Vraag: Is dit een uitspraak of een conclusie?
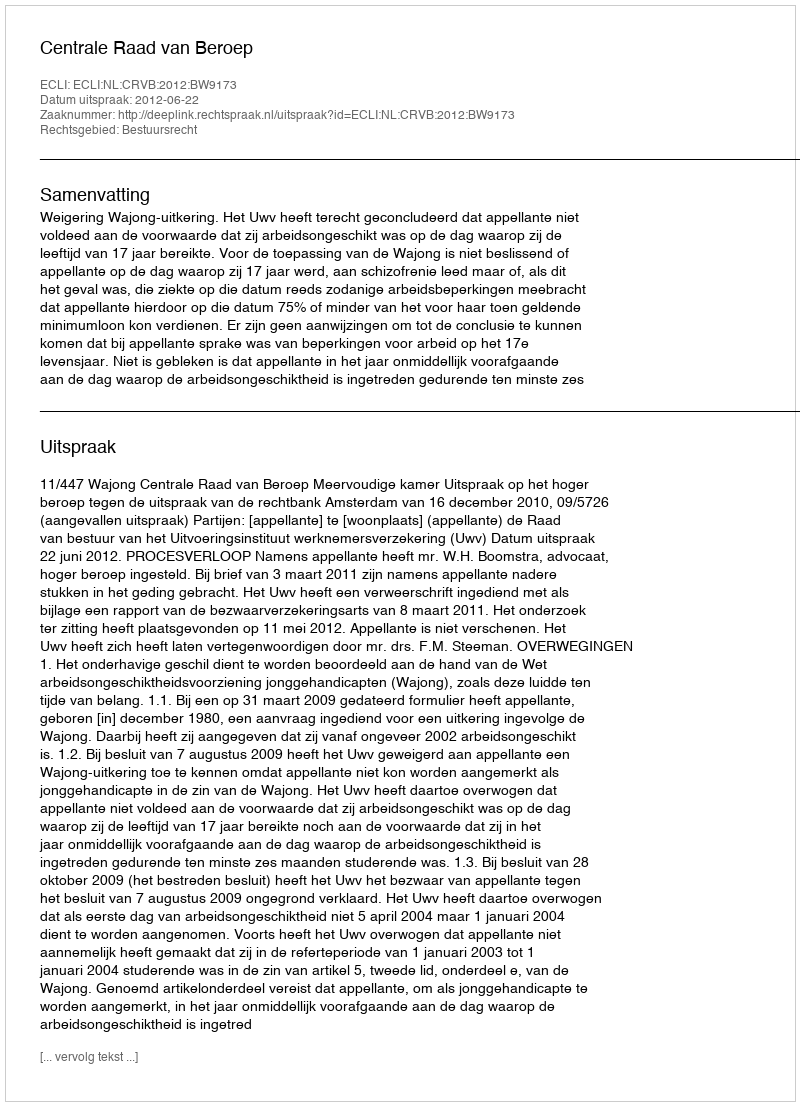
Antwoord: Uitspraak